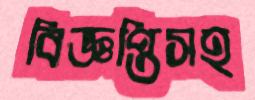
বিজ্ঞপ্তিসহ